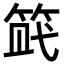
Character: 𥭿